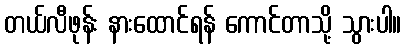
တယ်လီဖုန်း နားထောင်ရန် ကောင်တာသို့ သွားပါ။